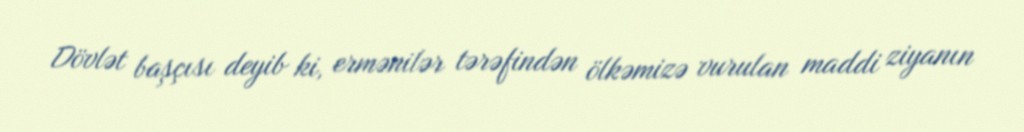
Dövlət başçısı deyib ki, ermənilər tərəfindən ölkəmizə vurulan maddi ziyanın